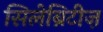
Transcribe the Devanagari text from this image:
सिलेब्रिटीज़